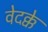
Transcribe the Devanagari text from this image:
वेदक्के